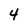
Character: 4